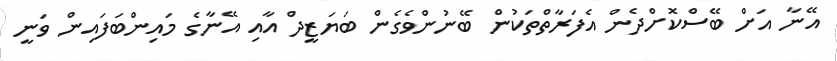
އޭނާ އަށް ބޭސްކޮށްދެން އެފަރާތްތަކުން ބޭނުންވެގެން ބަޔަޒީދް އާއި އޭނާގެ މައިންބަފައިން ވަނީ